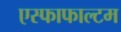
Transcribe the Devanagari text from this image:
एस्फाफाल्टम